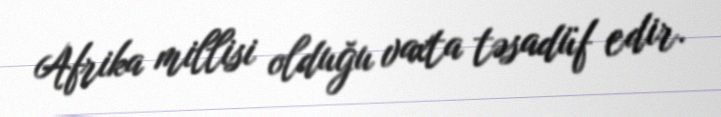
Afrika millisi olduğu vaxta təsadüf edir.